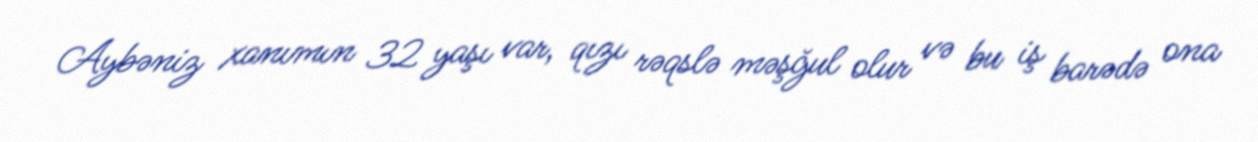
Aybəniz xanımın 32 yaşı var, qızı rəqslə məşğul olur və bu iş barədə ona